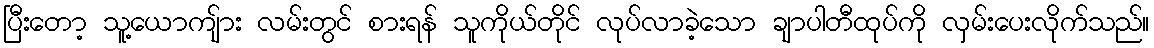
ပြီးတော့ သူ့ယောကျ်ား လမ်းတွင် စားရန် သူကိုယ်တိုင် လုပ်လာခဲ့သော ချာပါတီထုပ်ကို လှမ်းပေးလိုက်သည်။